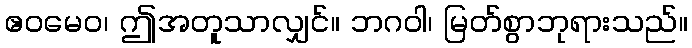
ဧဝမေဝ၊ ဤအတူသာလျှင်။ ဘဂဝါ၊ မြတ်စွာဘုရားသည်။